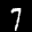
Label: 7